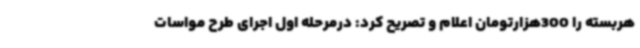
هربسته را 300هزارتومان اعلام و تصریح کرد: درمرحله اول اجرای طرح مواسات